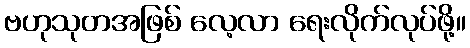
ဗဟုသုတအဖြစ် လေ့လာ ရေးလိုက်လုပ်ဖို့။